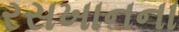
રસખાનના